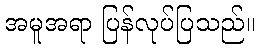
အမူအရာ ပြန်လုပ်ပြသည်။